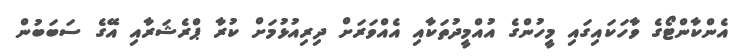
އެންކާންޓޯގެ ވާހަކައިގައި މިީހުންގެ އުއްމީދުތަކާއި އެއްވަރަށް ދިރިއުޅުމަށް ކުރާ ޕްރެޝަރާއި އޭގެ ސަބަބުން